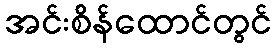
အင်းစိန်ထောင်တွင်